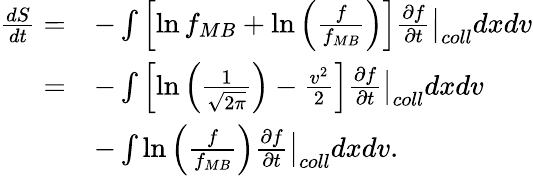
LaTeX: \begin{array}{rl}{\frac{dS}{dt}=}&{-\int\left[\ln f_{MB}+\ln\left(\frac{f}{f_{MB}}\right)\right]\frac{\partial f}{\partial t}\bigr\rvert_{coll}dxdv}\\ {=}&{-\int\left[\ln\left(\frac{1}{\sqrt{2\pi}}\right)-\frac{v^{2}}{2}\right]\frac{\partial f}{\partial t}\bigr\rvert_{coll}dxdv}\\ &{-\int\ln\left(\frac{f}{f_{MB}}\right)\frac{\partial f}{\partial t}\bigr\rvert_{coll}dxdv.}\end{array}